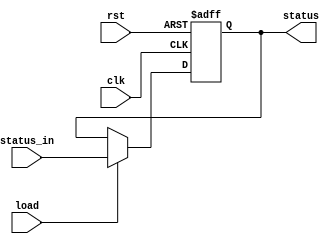
`timescale 1ns/1ns
module Status_Register(
  clk, 
  rst, 
  load, 
  status_in, 
  status
);
  parameter len = 4;

  input clk, rst, load;
  input [len-1 : 0] status_in;
  output reg[len-1 : 0] status;

  always@(negedge clk, posedge rst) begin
    if(rst) begin
      status <= 4'b0;
    end
    else if(load) begin
      status <= status_in;
    end
    else begin
      status <= status;
    end
  end

endmodule